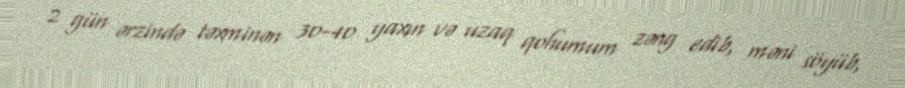
2 gün ərzində təxminən 30-40 yaxın və uzaq qohumum zəng edib, məni söyüb,